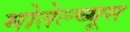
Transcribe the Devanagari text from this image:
मोतेल्च्यूस